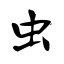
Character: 虫